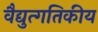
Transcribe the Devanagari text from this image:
वैद्युत्गतिकीय